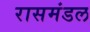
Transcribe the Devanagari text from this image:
रासमंडल